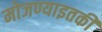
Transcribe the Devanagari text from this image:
मोजण्याइतकी